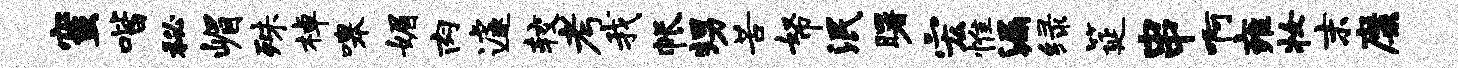
蜜喈秘嵋殊棹嗥媚肉遽较考我帐甥苦帑泯曙宏惟漏绿筵串啊雍妆末靡